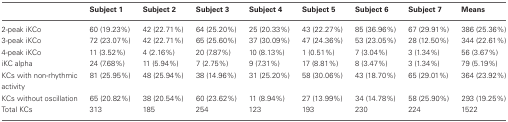
|  | Subject 1 | Subject 2 | Subject 3 | Subject 4 | Subject 5 | Subject 6 | Subject 7 | Means |
 | --- | --- | --- | --- | --- | --- | --- | --- | --- |
 | 2-peak iKCo | 60 (19.23%) | 42 (22.71%) | 64 (25.20%) | 25 (20.33%) | 43 (22.27%) | 85 (36.96%) | 67 (29.91%) | 386 (25.36%) |
 | 3-peak iKCo | 72 (23.07%) | 42 (22.71%) | 65 (25.60%) | 37 (30.09%) | 47 (24.36%) | 53 (23.05%) | 28 (12.50%) | 344 (22.61%) |
 | 4-peak iKCo | 11 (3.52%) | 4 (2.16%) | 20 (7.87%) | 10 (8.13%) | 1 (0.51%) | 7 (3.04%) | 3 (1.34%) | 56 (3.67%) |
 | iKC alpha | 24 (7.68%) | 11 (5.94%) | 7 (2.75%) | 9 (7.31%) | 17 (8.81%) | 8 (3.47%) | 3 (1.34%) | 79 (5.19%) |
 | KCs with non-rhythmic activity | 81 (25.95%) | 48 (25.94%) | 38 (14.96%) | 31 (25.20%) | 58 (30.06%) | 43 (18.70%) | 65 (29.01%) | 364 (23.92%) |
 | KCs without oscillation | 65 (20.82%) | 38 (20.54%) | 60 (23.62%) | 11 (8.94%) | 27 (13.99%) | 34 (14.78%) | 58 (25.90%) | 293 (19.25%) |
 | Total KCs | 313 | 185 | 254 | 123 | 193 | 230 | 224 | 1522 |